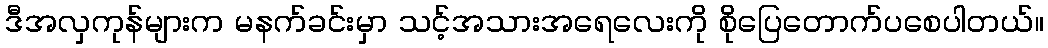
ဒီအလှကုန်များက မနက်ခင်းမှာ သင့်အသားအရေလေးကို စိုပြေတောက်ပစေပါတယ်။